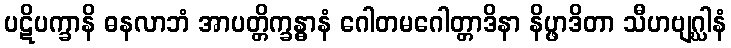
ပဋိပက္ခာနိ ဓနလာဘံ အာပတ္တိက္ခန္ဓာနံ ဂေါတမဂေါတ္တာဒိနာ နိပ္ဖာဒိတာ သီဟဗျဂ္ဃါနံ